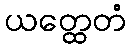
ယတ္ထေတံ